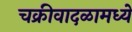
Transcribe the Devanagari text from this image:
चक्रीवादळामध्ये